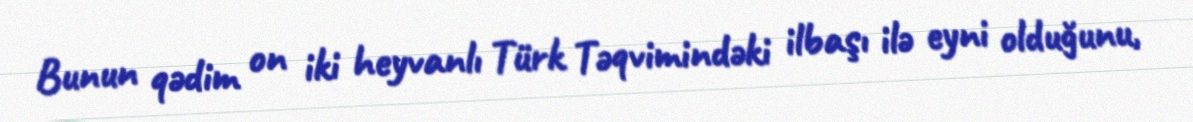
Bunun qədim on iki heyvanlı Türk Təqvimindəki ilbaşı ilə eyni olduğunu,